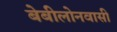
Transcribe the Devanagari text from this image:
बेबीलोनवासी